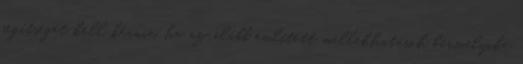
segítséget kell kérnie, ha az alább említett mellékhatások bármelyike